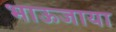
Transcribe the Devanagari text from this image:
भाऊजाया